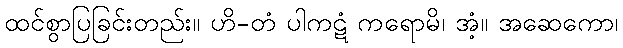
ထင်စွာပြခြင်းတည်း။ ဟိ-တံ ပါကဋံ ကရောမိ၊ အံ့။ အဆေကော၊